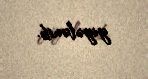
yiyələnib.